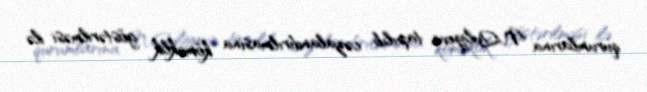
qurumlarına N.Quliyevin tapılıb cəzalandırılmasına köməklik göstərilməsi ilə